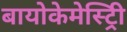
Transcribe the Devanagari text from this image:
बायोकेमेस्ट्रिी